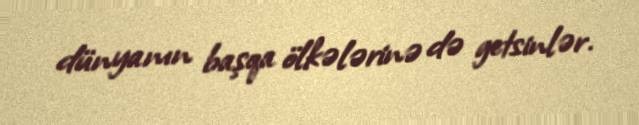
dünyanın başqa ölkələrinə də getsinlər.